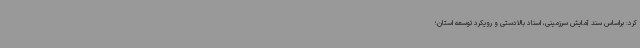
کرد: براساس سند آمایش سرزمینی، اسناد بالادستی و رویکرد توسعه استان؛